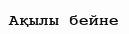
Ақылы бейне